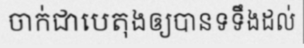
ចាក់ជាបេតុងឲ្យបានទទឹងដល់